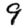
Digit: 9